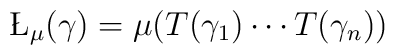
\L_{\mu} (\gamma) = \mu(T(\gamma_1) \cdots T(\gamma_n))